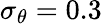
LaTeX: \sigma_{\theta}=0.3